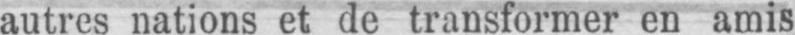
autres nations et de transformer en amis